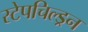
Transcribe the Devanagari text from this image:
स्टेपचिल्ड्रन